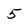
Character: 5